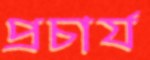
প্রচার্য